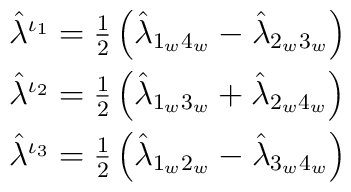
\begin{array}{l}\hat\lambda^{\iota_1}={1\over2} \left(\hat\lambda_{1_w4_w}-\hat\lambda_{2_w3_w}\right) \\[2mm]\hat\lambda^{\iota_2}={1\over2} \left(\hat\lambda_{1_w3_w}+\hat\lambda_{2_w4_w}\right) \\[2mm]\hat\lambda^{\iota_3}={1\over2} \left(\hat\lambda_{1_w2_w}-\hat\lambda_{3_w4_w}\right)\end{array}\hskip5.9cm